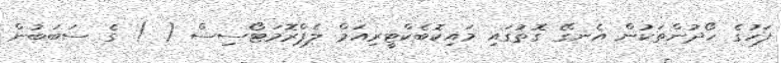
ފަހުގެ ހޯދުންތަކުން އެނގޭ ގޮތުގައި މައިކޮބެކްޓީރިއަމް ލެޕްރޮމަޓޯސިސް ( ) ގެ ސަބަބުން